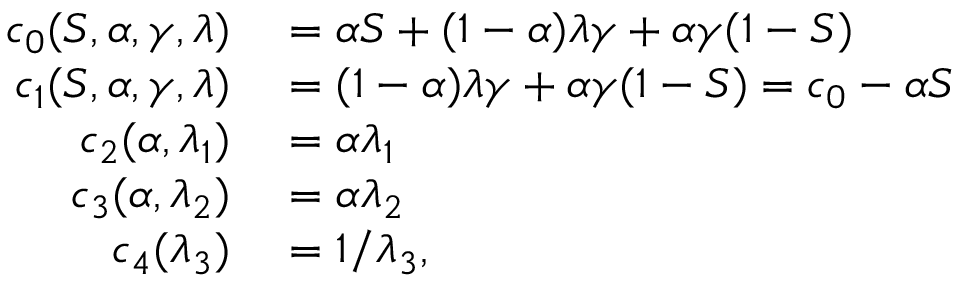
\begin{array} { r l } { c _ { 0 } ( S , \alpha , \gamma , \lambda ) } & { { } = \alpha S + ( 1 - \alpha ) \lambda \gamma + \alpha \gamma ( 1 - S ) } \\ { c _ { 1 } ( S , \alpha , \gamma , \lambda ) } & { { } = ( 1 - \alpha ) \lambda \gamma + \alpha \gamma ( 1 - S ) = c _ { 0 } - \alpha S } \\ { c _ { 2 } ( \alpha , \lambda _ { 1 } ) } & { { } = \alpha \lambda _ { 1 } } \\ { c _ { 3 } ( \alpha , \lambda _ { 2 } ) } & { { } = \alpha \lambda _ { 2 } } \\ { c _ { 4 } ( \lambda _ { 3 } ) } & { { } = 1 / \lambda _ { 3 } , } \end{array}